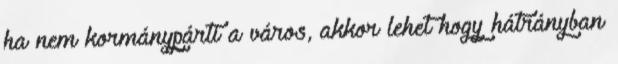
ha nem kormánypárti a város, akkor lehet hogy hátrányban